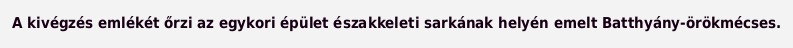
A kivégzés emlékét őrzi az egykori épület északkeleti sarkának helyén emelt Batthyány-örökmécses.